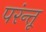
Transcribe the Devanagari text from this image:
परंन्तू